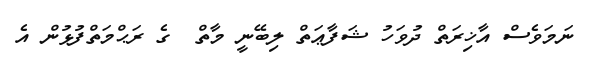
ނަމަވެސް އާޚިރަތް ދުވަހު ޝަފާޢަތް ލިބޭނީ މާތް  ގެ ރަޙްމަތްފުޅުން އެ